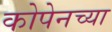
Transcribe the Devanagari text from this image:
कोपेनच्या